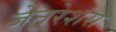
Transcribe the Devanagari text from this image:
जेनरेशंस